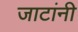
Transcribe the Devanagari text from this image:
जाटांनी